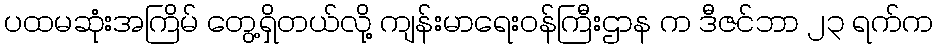
ပထမဆုံးအကြိမ် တွေ့ရှိတယ်လို့ ကျန်းမာရေးဝန်ကြီးဌာန က ဒီဇင်ဘာ ၂၃ ရက်က